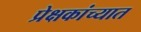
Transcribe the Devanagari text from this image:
प्रेक्षकांच्यात